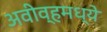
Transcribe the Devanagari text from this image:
अवीव्हमध्ये